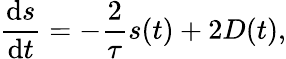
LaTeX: \frac{\mathrm{d}s}{\mathrm{d}t}=-\frac{2}{\tau}s(t)+2D(t),